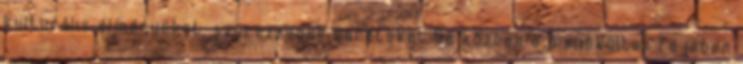
kulturális élményeket, szerezzenek barátokat De közben a menekültek fejében